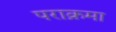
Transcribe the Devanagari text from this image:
पराक्रमा